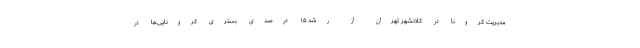
مدیریت کرونا در کلانشهر تهران از رشد ۱۵ درصدی بستری کرونایی‌ها در